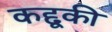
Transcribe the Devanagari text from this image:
कद्दूकी